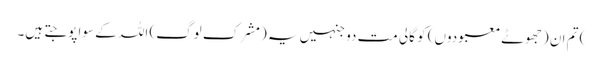
) تم ان (جھوٹے معبودوں) کو گالی مت دو جنہیں یہ (مشرک لوگ) اللہ کے سوا پوجتے ہیں۔